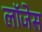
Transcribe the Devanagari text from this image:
लॉजेस